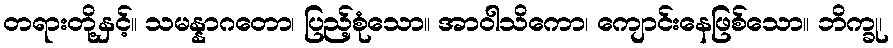
တရားတို့နှင့်။ သမန္နာဂတော၊ ပြည့်စုံသော။ အာဝါသိကော၊ ကျောင်းနေဖြစ်သော။ ဘိက္ခု၊